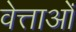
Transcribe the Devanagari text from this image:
वेत्ताओं